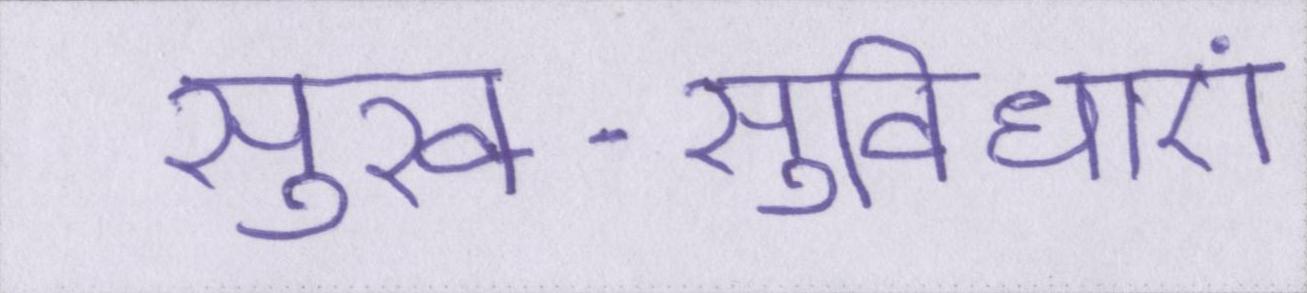
सुख-सुविधाएं